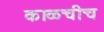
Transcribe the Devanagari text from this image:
काळचीच